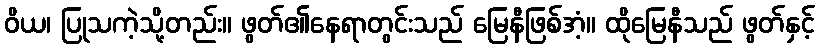
ဝိယ၊ ပြုသကဲ့သို့တည်း။ ဖွတ်၏နေရာတွင်းသည် မြေနီဖြစ်အံ့။ ထိုမြေနီသည် ဖွတ်နှင့်